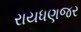
રાયધણજર